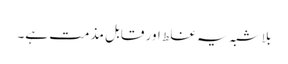
بلا شبہ یہ غلط اور قابل مذمت ہے۔